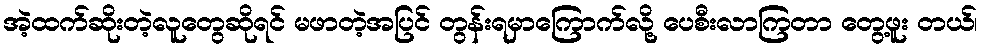
အဲ့ထက်ဆိုးတဲ့လူတွေဆိုရင် မဖာတဲ့အပြင် တွန်းရမှာကြောက်လို့ ပေစီးလာကြတာ တွေ့ဖူး တယ်၊